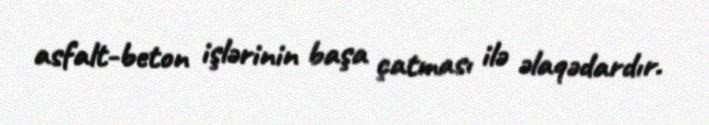
asfalt-beton işlərinin başa çatması ilə əlaqədardır.